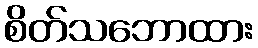
စိတ်သဘောထား